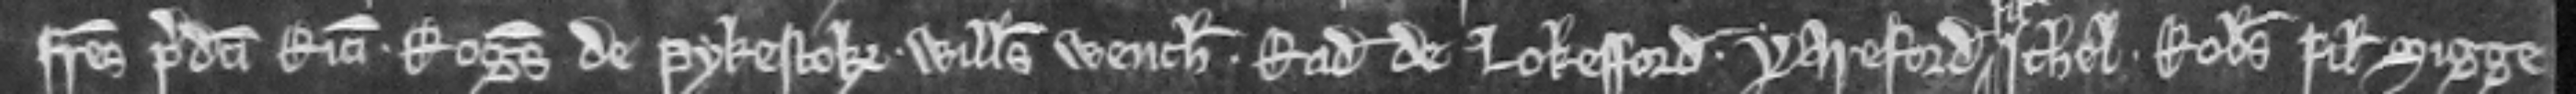
fratres predicti Ricardi. Rogerus de Pykestok. Willelmus Wench. Radulfus de Lokesford. Yareford filius Ithel. Robertus filius Sigge